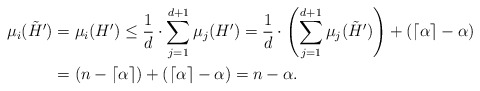
\begin{align*}\mu_i(\tilde{H}') &= \mu_i(H')\le \frac{1}{d}\cdot\sum_{j=1}^{d+1}\mu_j(H') = \frac{1}{d}\cdot\left(\sum_{j=1}^{d+1}\mu_j(\tilde{H}')\right) + (\lceil\alpha\rceil-\alpha)\\&=(n-\lceil\alpha\rceil) + (\lceil\alpha\rceil-\alpha) = n-\alpha.\end{align*}